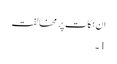
ان نکات پر مخالفت
1۔